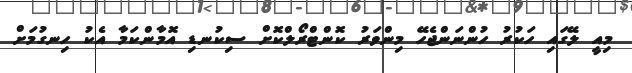
މިއީ ލޭގައި ހަކުރު ހުންނަންޖެހޭ މިންވަރު ކޮންޓްރޯލްކޮށް ސިކުނޑި އޮމާންކަމާ އެކު ހިނގުމަށް